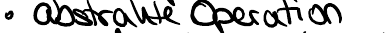
abstrakte Operation